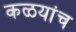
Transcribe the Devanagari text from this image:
कळयांच